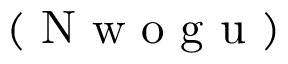
\begin{array} { r l } \end{array} \qquad \mathrm { ~ ( ~ N ~ w ~ o ~ g ~ u ~ ) ~ }